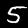
Label: 5